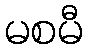
မစမီ